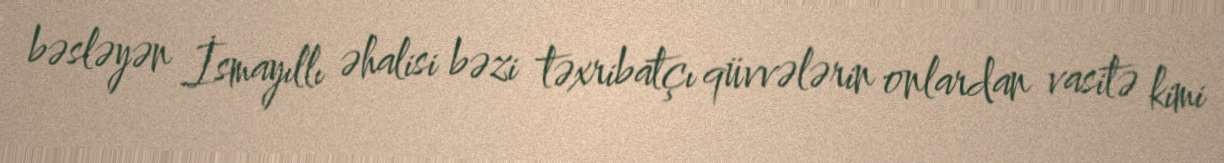
bəsləyən İsmayıllı əhalisi bəzi təxribatçı qüvvələrin onlardan vasitə kimi